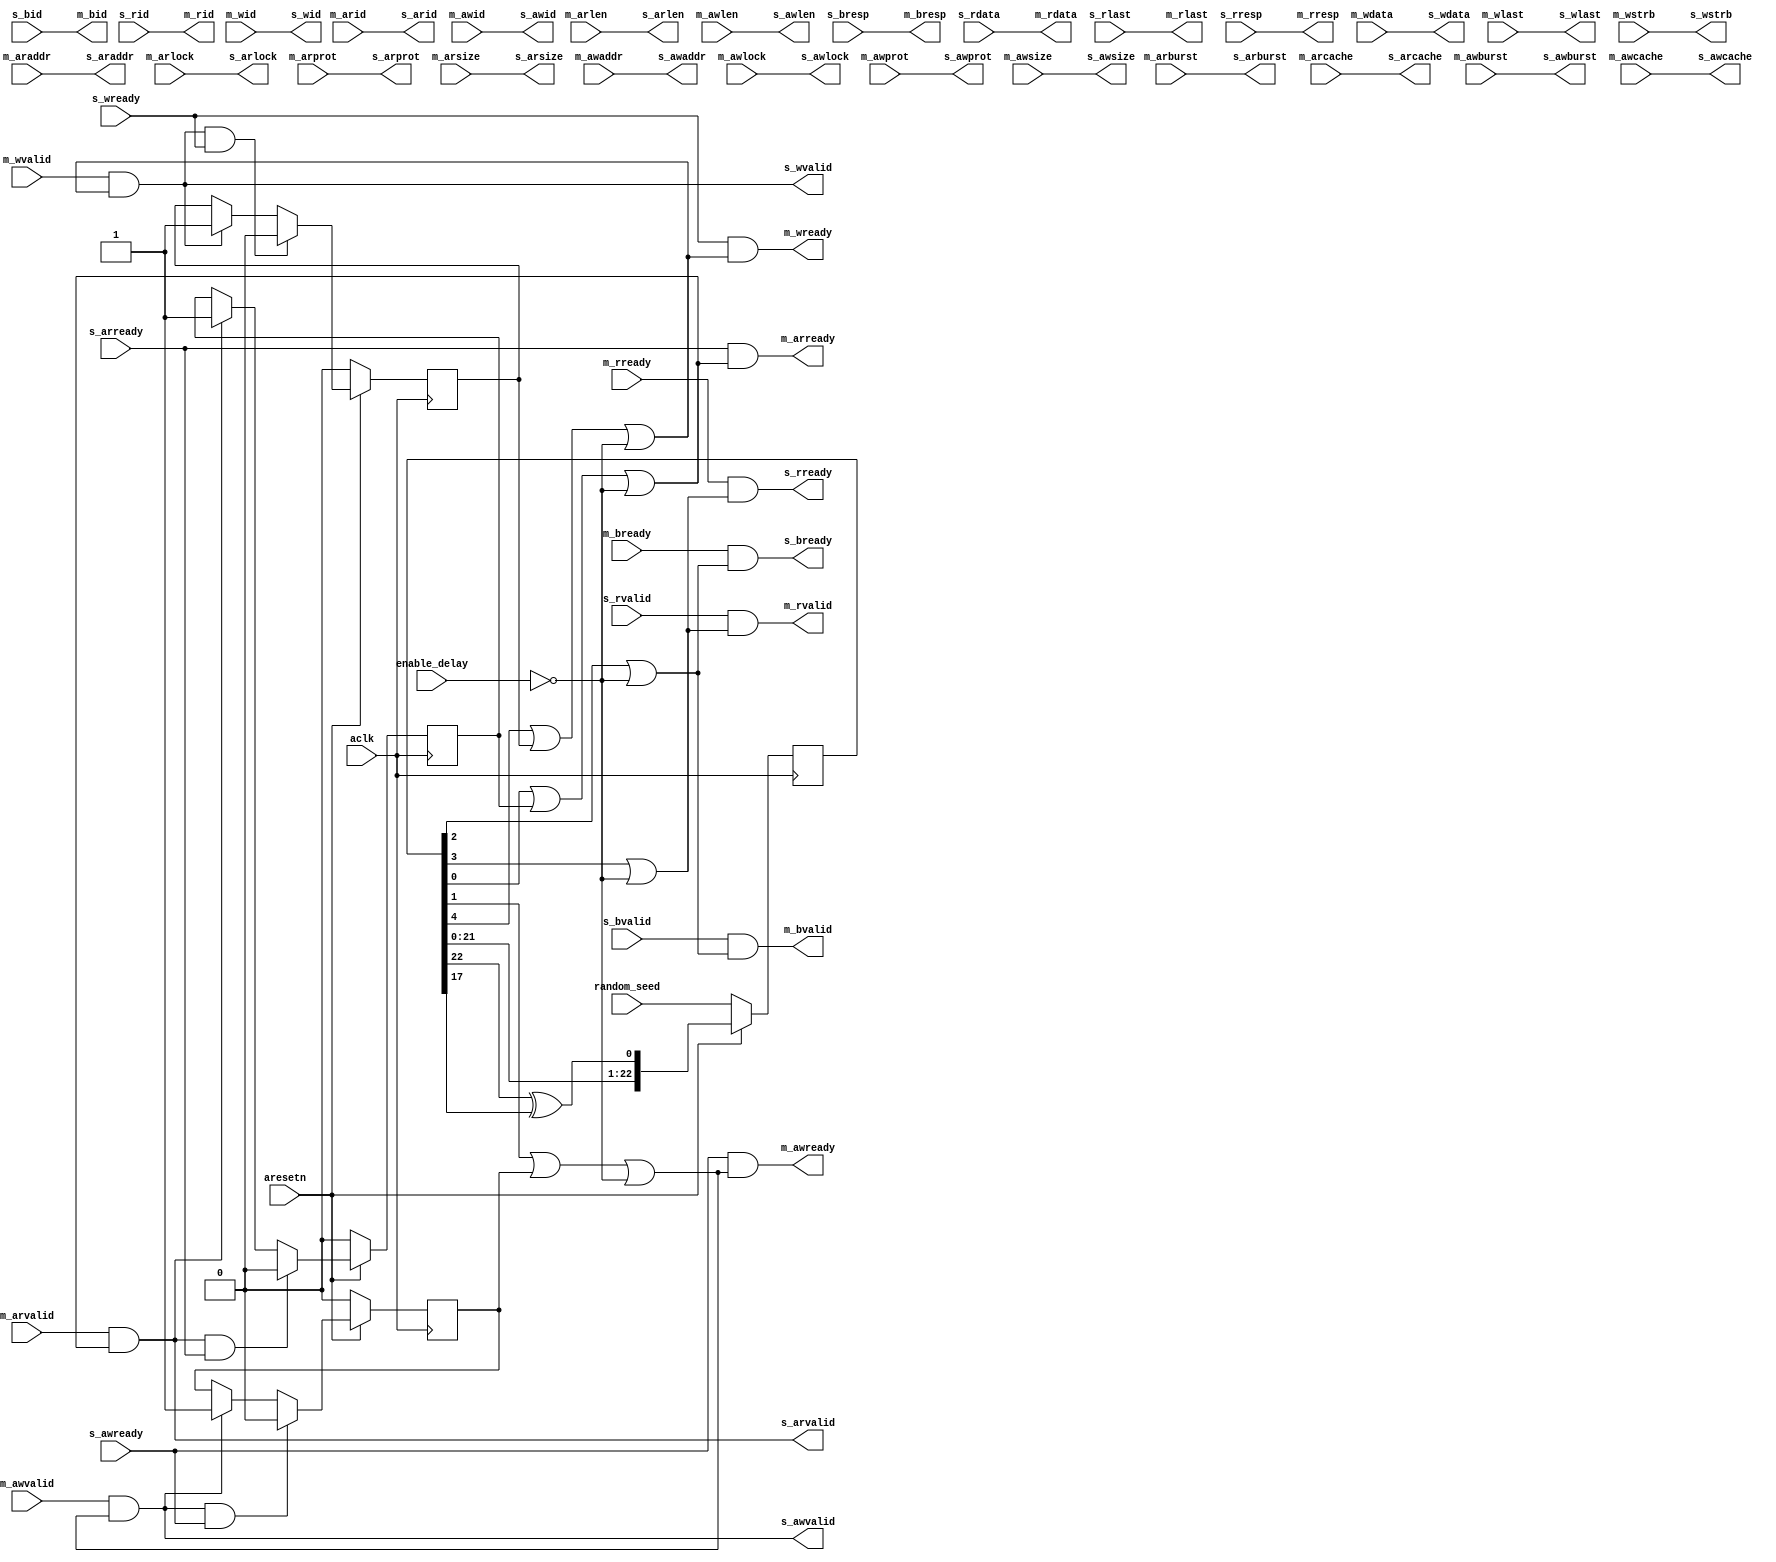
//+FHDR-----------------------------------------------------------------
// (C) Copyright Loongson Technology Corporation Limited. All rights reserved
// Loongson Confidential Proprietary
//-FHDR-----------------------------------------------------------------
module soc_axi_delay_rand#(
    parameter   BUS_WIDTH  = 32,
    parameter   DATA_WIDTH = 64, 
    parameter   CPU_WIDTH  = 32
)
(
    input  wire         enable_delay,
    input  wire [22:0]  random_seed ,
    // group s
    output wire [BUS_WIDTH-1    :0] s_araddr    ,
    output wire [1              :0] s_arburst   ,
    output wire [3              :0] s_arcache   ,
    output wire [3              :0] s_arid      ,
    output wire [3              :0] s_arlen     ,
    output wire [1              :0] s_arlock    ,
    output wire [2              :0] s_arprot    ,
    input  wire                     s_arready   ,
    output wire [2              :0] s_arsize    ,
    output wire                     s_arvalid   ,
    output wire [BUS_WIDTH-1    :0] s_awaddr    ,
    output wire [1              :0] s_awburst   ,
    output wire [3              :0] s_awcache   ,
    output wire [3              :0] s_awid      ,
    output wire [3              :0] s_awlen     ,
    output wire [1              :0] s_awlock    ,
    output wire [2              :0] s_awprot    ,
    input  wire                     s_awready   ,
    output wire [2              :0] s_awsize    ,
    output wire                     s_awvalid   ,
    input  wire [3              :0] s_bid       ,
    output wire                     s_bready    ,
    input  wire [1              :0] s_bresp     ,
    input  wire                     s_bvalid    ,
    input  wire                     aclk        ,
    input  wire                     aresetn     ,
    input  wire [DATA_WIDTH-1   :0] s_rdata     ,
    input  wire [3              :0] s_rid       ,
    input  wire                     s_rlast     ,
    output wire                     s_rready    ,
    input  wire [1              :0] s_rresp     ,
    input  wire                     s_rvalid    ,
    output wire [DATA_WIDTH-1   :0] s_wdata     ,
    output wire [3              :0] s_wid       ,
    output wire                     s_wlast     ,
    input  wire                     s_wready    ,
    output wire [DATA_WIDTH/8-1 :0] s_wstrb     ,
    output wire                     s_wvalid    ,
    // group m
    input  wire [BUS_WIDTH-1    :0] m_araddr    ,
    input  wire [1              :0] m_arburst   ,
    input  wire [3              :0] m_arcache   ,
    input  wire [3              :0] m_arid      ,
    input  wire [3              :0] m_arlen     ,
    input  wire [1              :0] m_arlock    ,
    input  wire [2              :0] m_arprot    ,
    output wire                     m_arready   ,
    input  wire [2              :0] m_arsize    ,
    input  wire                     m_arvalid   ,
    input  wire [BUS_WIDTH-1    :0] m_awaddr    ,
    input  wire [1              :0] m_awburst   ,
    input  wire [3              :0] m_awcache   ,
    input  wire [3              :0] m_awid      ,
    input  wire [3              :0] m_awlen     ,
    input  wire [1              :0] m_awlock    ,
    input  wire [2              :0] m_awprot    ,
    output wire                     m_awready   ,
    input  wire [2              :0] m_awsize    ,
    input  wire                     m_awvalid   ,
    output wire [3              :0] m_bid       ,
    input  wire                     m_bready    ,
    output wire [1              :0] m_bresp     ,
    output wire                     m_bvalid    ,
    output wire [DATA_WIDTH-1   :0] m_rdata     ,
    output wire [3              :0] m_rid       ,
    output wire                     m_rlast     ,
    input  wire                     m_rready    ,
    output wire [1              :0] m_rresp     ,
    output wire                     m_rvalid    ,
    input  wire [DATA_WIDTH-1   :0] m_wdata     ,
    input  wire [3              :0] m_wid       ,
    input  wire                     m_wlast     ,
    output wire                     m_wready    ,
    input  wire [DATA_WIDTH/8-1 :0] m_wstrb     ,
    input  wire                     m_wvalid     
);
wire        mask_ar         ;
reg         mask_ar_disable ;
wire        mask_ar_ok      ;
wire        mask_ar_raw     ;
wire        mask_aw         ;
reg         mask_aw_disable ;
wire        mask_aw_ok      ;
wire        mask_aw_raw     ;
wire        mask_b          ;
wire        mask_b_raw      ;
reg         mask_no_delay   ;
wire        mask_r          ;
wire        mask_r_raw      ;
reg  [22:0] mask_random     ;
wire [22:0] mask_random_next;
wire        mask_reset      ;
reg         mask_short_delay;
wire        mask_w          ;
reg         mask_w_disable  ;
wire        mask_w_ok       ;
wire        mask_w_raw      ;
// group s
assign s_araddr               = m_araddr ;
assign s_arburst              = m_arburst;
assign s_arcache              = m_arcache;
assign s_arid                 = m_arid   ;
assign s_arlen                = m_arlen  ;
assign s_arlock               = m_arlock ;
assign s_arprot               = m_arprot ;
assign s_arsize               = m_arsize ;
assign s_arvalid              = m_arvalid && (mask_ar || !enable_delay);
assign s_awaddr               = m_awaddr ;
assign s_awburst              = m_awburst;
assign s_awcache              = m_awcache;
assign s_awid                 = m_awid   ;
assign s_awlen                = m_awlen  ;
assign s_awlock               = m_awlock ;
assign s_awprot               = m_awprot ;
assign s_awsize               = m_awsize ;
assign s_awvalid              = m_awvalid && (mask_aw || !enable_delay);
assign s_bready               = m_bready  && (mask_b  || !enable_delay);
assign s_rready               = m_rready  && (mask_r  || !enable_delay);
assign s_wdata                = m_wdata;
assign s_wid                  = m_wid  ;
assign s_wlast                = m_wlast;
assign s_wstrb                = m_wstrb;
assign s_wvalid               = m_wvalid  && (mask_w  || !enable_delay);
// group m
assign m_arready              = s_arready && (mask_ar || !enable_delay);
assign m_awready              = s_awready && (mask_aw || !enable_delay);
assign m_bid                  = s_bid  ;
assign m_bresp                = s_bresp;
assign m_bvalid               = s_bvalid && (mask_b || !enable_delay);
assign m_rdata                = s_rdata;
assign m_rid                  = s_rid  ;
assign m_rlast                = s_rlast;
assign m_rresp                = s_rresp;
assign m_rvalid               = s_rvalid && (mask_r || !enable_delay);
assign m_wready               = s_wready && (mask_w || !enable_delay);
// group mask
assign mask_ar                = mask_ar_raw || mask_ar_disable;
assign mask_ar_ok             = s_arvalid && s_arready;
assign mask_ar_raw            = mask_random[0];
assign mask_aw                = mask_aw_raw || mask_aw_disable;
assign mask_aw_ok             = s_awvalid && s_awready;
assign mask_aw_raw            = mask_random[1];
assign mask_b                 = mask_b_raw;
assign mask_b_raw             = mask_random[2];
assign mask_r                 = mask_r_raw;
assign mask_r_raw             = mask_random[3];
assign mask_random_next[22:1] = mask_random[21:0];
assign mask_random_next[   0] = mask_random[22] ^ mask_random[17];
assign mask_reset             = !aresetn;
assign mask_w                 = mask_w_raw || mask_w_disable;
assign mask_w_ok              = s_wvalid && s_wready;
assign mask_w_raw             = mask_random[4];
always@(posedge aclk)
begin
    if(mask_reset)
    begin
        mask_ar_disable<=1'h0;
    end
    else
    if(mask_ar_ok)
    begin
        mask_ar_disable<=1'h0;
    end
    else
    if(s_arvalid)
    begin
        mask_ar_disable<=1'h1;
    end
end
always@(posedge aclk)
begin
    if(mask_reset)
    begin
        mask_aw_disable<=1'h0;
    end
    else
    if(mask_aw_ok)
    begin
        mask_aw_disable<=1'h0;
    end
    else
    if(s_awvalid)
    begin
        mask_aw_disable<=1'h1;
    end
end
always@(posedge aclk)
begin
    if(mask_reset)
    begin
        mask_no_delay<=mask_random[15:0] == 16'h00ff;
        //mask_random<=23'h5500ff;
        mask_random<=random_seed;
        mask_short_delay<=mask_random[7:0] == 8'hff;
    end
    else
    begin
        mask_random<=mask_random_next;
    end
end
always@(posedge aclk)
begin
    if(mask_reset)
    begin
        mask_w_disable<=1'h0;
    end
    else
    if(mask_w_ok)
    begin
        mask_w_disable<=1'h0;
    end
    else
    if(s_wvalid)
    begin
        mask_w_disable<=1'h1;
    end
end
endmodule // soc_axi_delay_rand